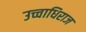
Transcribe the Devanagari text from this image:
उच्चाधिराज